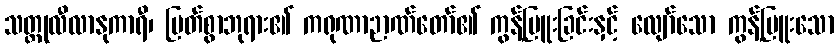
သတ္ထုလီလာနုကာရီ၊ မြတ်စွာဘုရား၏ ကရုဏာဉာဏ်တော်၏ ကွန့်မြူးခြင်းနှင့် လျော်သော ကွန့်မြူးသော